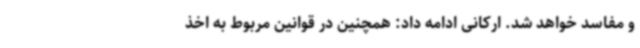
و مفاسد خواهد شد. ارکانی ادامه داد: همچنین در قوانین مربوط به اخذ